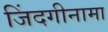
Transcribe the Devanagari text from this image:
जिंदगीनामा